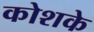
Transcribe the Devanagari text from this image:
कोशके